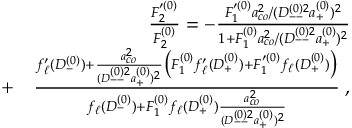
\begin{array} { r l r } & { } & { \frac { F _ { 2 } ^ { \prime ( 0 ) } } { F _ { 2 } ^ { ( 0 ) } } = - \frac { F _ { 1 } ^ { \prime ( 0 ) } a _ { c o } ^ { 2 } / ( D _ { -- } ^ { ( 0 ) 2 } a _ { + } ^ { ( 0 ) } ) ^ { 2 } } { 1 + F _ { 1 } ^ { ( 0 ) } a _ { c o } ^ { 2 } / ( D _ { -- } ^ { ( 0 ) 2 } a _ { + } ^ { ( 0 ) } ) ^ { 2 } } } \\ & { + } & { \frac { f _ { \ell } ^ { \prime } ( D _ { - } ^ { ( 0 ) } ) + \frac { a _ { c o } ^ { 2 } } { ( D _ { -- } ^ { ( 0 ) 2 } a _ { + } ^ { ( 0 ) } ) ^ { 2 } } \big ( F _ { 1 } ^ { ( 0 ) } f _ { \ell } ^ { \prime } ( D _ { + } ^ { ( 0 ) } ) + F _ { 1 } ^ { \prime ( 0 ) } f _ { \ell } ( D _ { + } ^ { ( 0 ) } ) \big ) } { f _ { \ell } ( D _ { - } ^ { ( 0 ) } ) + F _ { 1 } ^ { ( 0 ) } f _ { \ell } ( D _ { + } ^ { ( 0 ) } ) \frac { a _ { c o } ^ { 2 } } { ( D _ { -- } ^ { ( 0 ) 2 } a _ { + } ^ { ( 0 ) } ) ^ { 2 } } } \; , } \end{array}